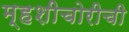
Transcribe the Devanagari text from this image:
म्हशीचोरीची